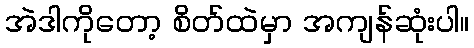
အဲဒါကိုတော့ စိတ်ထဲမှာ အကျန်ဆုံးပါ။